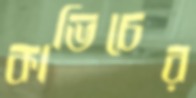
কাভিচের